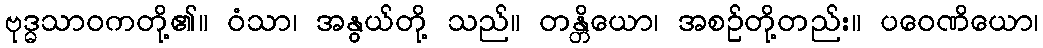
ဗုဒ္ဓသာဝကတို့၏။ ဝံသာ၊ အနွယ်တို့ သည်။ တန္တိယော၊ အစဉ်တို့တည်း။ ပဝေဏိယော၊